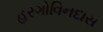
હરગોવિનદાસ